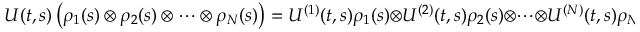
U ( t , s ) \left( \rho _ { 1 } ( s ) \otimes \rho _ { 2 } ( s ) \otimes \cdots \otimes \rho _ { N } ( s ) \right) = U ^ { ( 1 ) } ( t , s ) \rho _ { 1 } ( s ) \otimes U ^ { ( 2 ) } ( t , s ) \rho _ { 2 } ( s ) \otimes \cdots \otimes U ^ { ( N ) } ( t , s ) \rho _ { N } ( s ) .